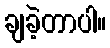
ချခဲ့တာပါ။